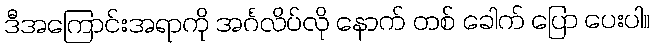
ဒီအကြောင်းအရာကို အင်္ဂလိပ်လို နောက် တစ် ခေါက် ပြော ပေးပါ။